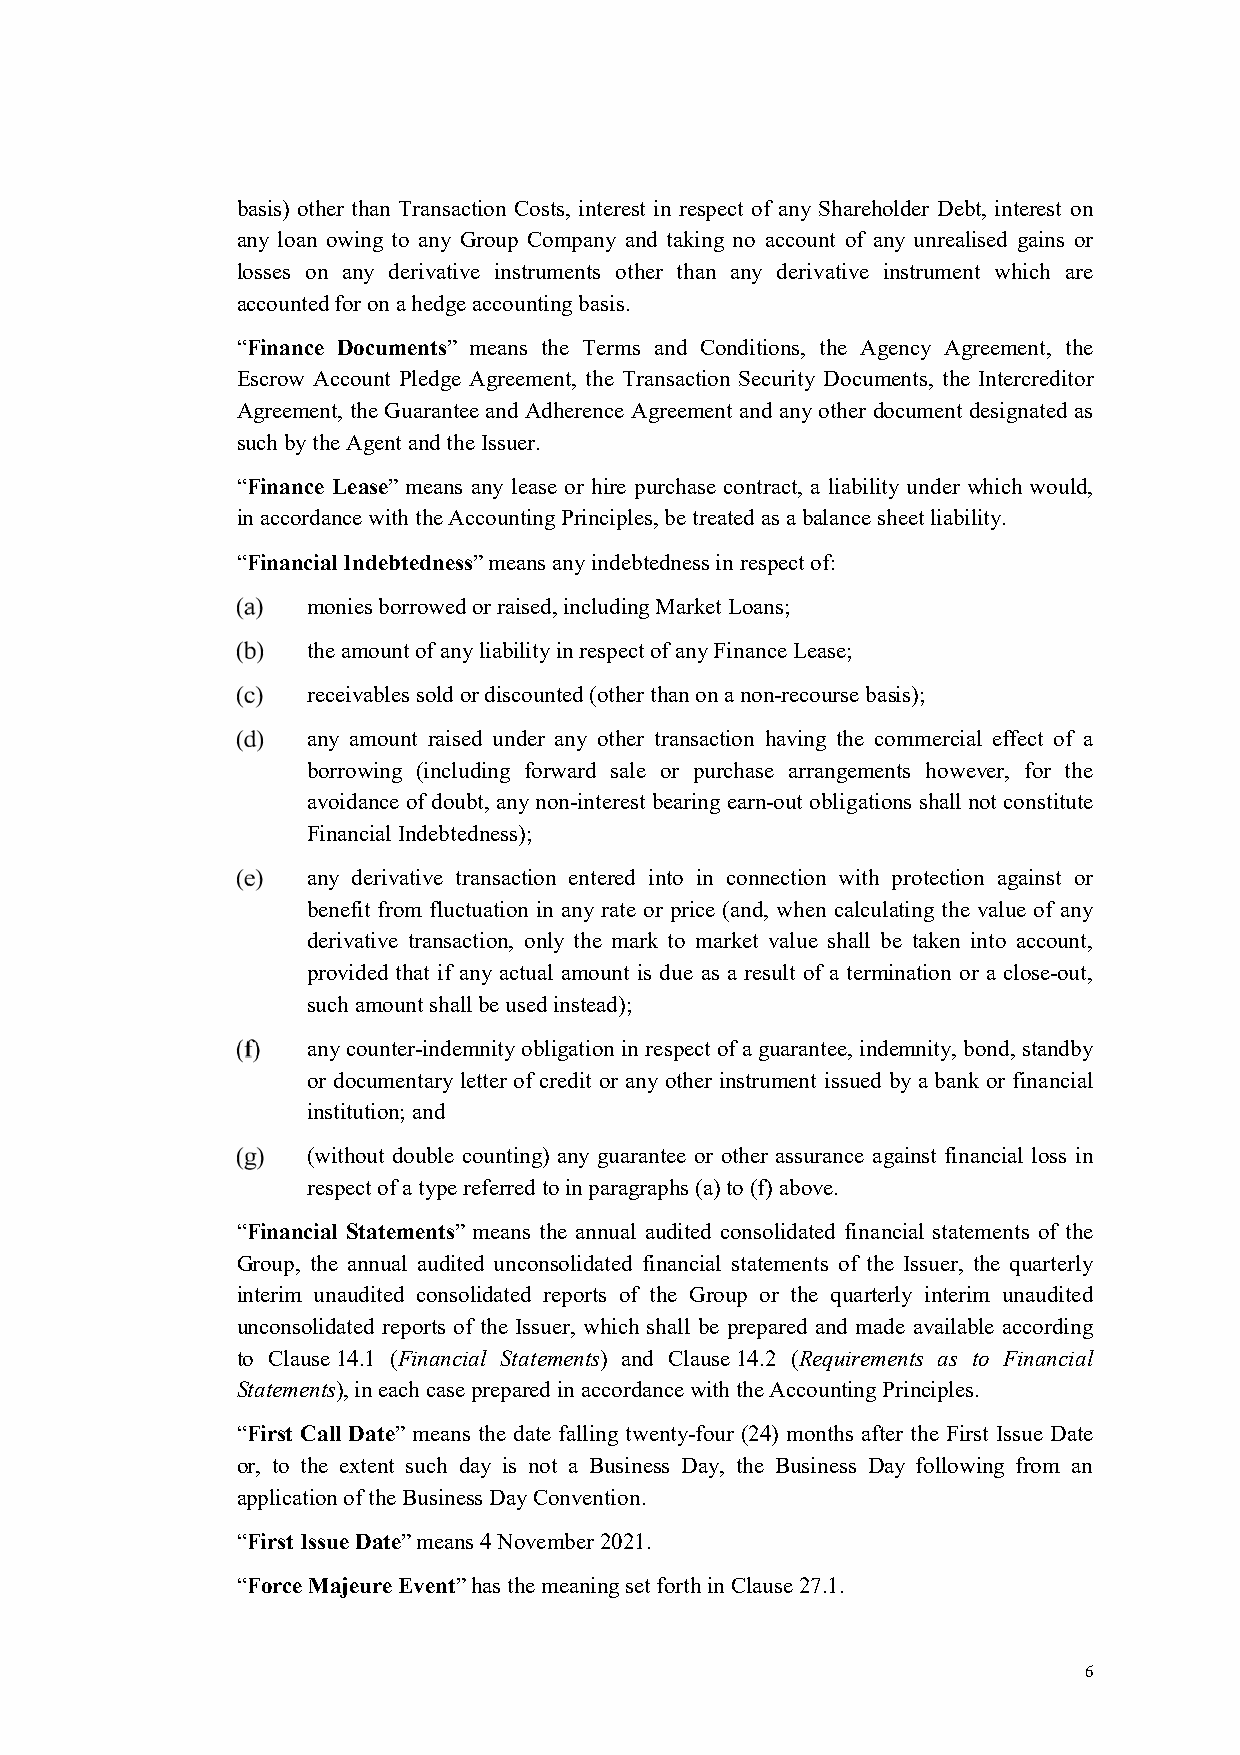
basis) other than Transaction Costs, interest in respect of any Shareholder Debt, interest on
 any loan owing to any Group Company and taking no account of any unrealised gains or
 losses on any derivative instruments other than any derivative instrument which are
 accounted for on a hedge accounting basis.
 “Finance Documents” means the Terms and Conditions, the Agency Agreement, the
 Escrow Account Pledge Agreement, the Transaction Security Documents, the Intercreditor
 Agreement, the Guarantee and Adherence Agreement and any other document designated as
 such by the Agent and the Issuer.
 “Finance Lease” means any lease or hire purchase contract, a liability under which would,
 in accordance with the Accounting Principles, be treated as a balance sheet liability.
 “Financial Indebtedness” means any indebtedness in respect of:
 monies borrowed or raised, including Market Loans;
 the amount of any liability in respect of any Finance Lease;
 receivables sold or discounted (other than on a non-recourse basis);
 any amount raised under any other transaction having the commercial effect of a
 borrowing (including forward sale or purchase arrangements however, for the
 avoidance of doubt, any non-interest bearing earn-out obligations shall not constitute
 Financial Indebtedness);
 any derivative transaction entered into in connection with protection against or
 benefit from fluctuation in any rate or price (and, when calculating the value of any
 derivative transaction, only the mark to market value shall be taken into account,
 provided that if any actual amount is due as a result of a termination or a close-out,
 such amount shall be used instead);
 any counter-indemnity obligation in respect of a guarantee, indemnity, bond, standby
 or documentary letter of credit or any other instrument issued by a bank or financial
 institution; and
 (without double counting) any guarantee or other assurance against financial loss in
 respect of a type referred to in paragraphs (a) to (f) above.
 “Financial Statements” means the annual audited consolidated financial statements of the
 Group, the annual audited unconsolidated financial statements of the Issuer, the quarterly
 interim unaudited consolidated reports of the Group or the quarterly interim unaudited
 unconsolidated reports of the Issuer, which shall be prepared and made available according
 to Clause 14.1 (Financial Statements) and Clause 14.2 (Requirements as to Financial
 Statements), in each case prepared in accordance with the Accounting Principles.
 “First Call Date” means the date falling twenty-four (24) months after the First Issue Date
 or, to the extent such day is not a Business Day, the Business Day following from an
 application of the Business Day Convention.
 “First Issue Date” means 4 November 2021.
 “Force Majeure Event” has the meaning set forth in Clause 27.1.
 6